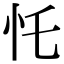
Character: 𢖲